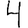
Digit: 4